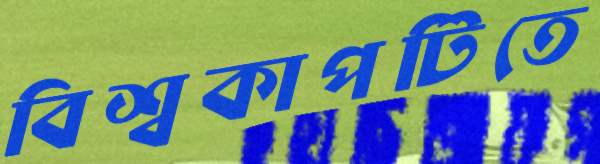
বিশ্বকাপটিতে